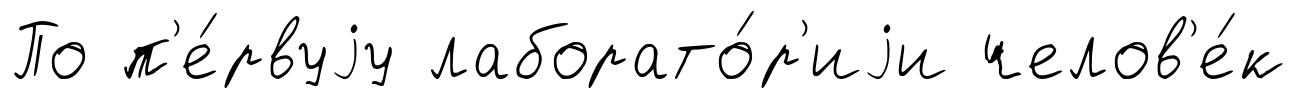
По п'е́рвуjу лаборато́р'иjи челов'е́к